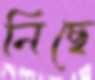
নিছে